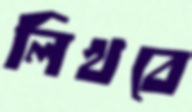
লিখবে